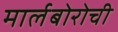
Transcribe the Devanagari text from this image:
मार्लबोरोची